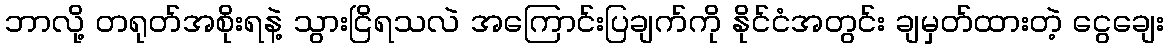
ဘာလို့ တရုတ်အစိုးရနဲ့ သွားငြိရသလဲ အကြောင်းပြချက်ကို နိုင်ငံအတွင်း ချမှတ်ထားတဲ့ ငွေချေး